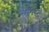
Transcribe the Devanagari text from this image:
समस्याऐ